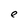
Character: e